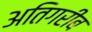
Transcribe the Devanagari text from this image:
अतिगरीब